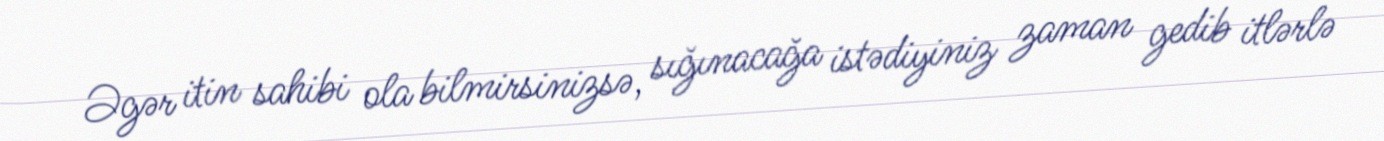
Əgər itin sahibi ola bilmirsinizsə, sığınacağa istədiyiniz zaman gedib itlərlə